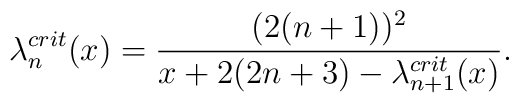
\lambda _n ^{crit} (x) = \frac{(2(n+1))^2}{x + 2(2n+3)-\lambda^{crit} _{n+1} (x)}.